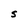
Character: S